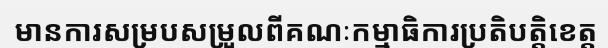
មានការសម្របសម្រួលពីគណៈកម្មាធិការប្រតិបត្តិខេត្ត